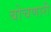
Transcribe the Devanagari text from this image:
बोचणारी